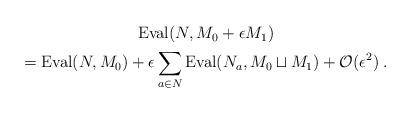
LaTeX: \begin{align*}\begin{gathered}\operatorname{Eval}(N,M_0+\epsilon M_1)\\= \operatorname{Eval}(N,M_0)+\epsilon \sum_{a\in N} \operatorname{Eval}(N_a, M_0\sqcup M_1)+ \mathcal{O}(\epsilon^2)\;.\end{gathered}\end{align*}